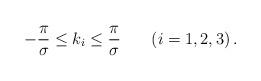
LaTeX: \begin{align*}-{\pi \over \sigma} \leq k_{i} \leq {\pi \over \sigma}\;\;\;\;\;\;\left(i=1,2,3\right).\end{align*}